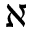
\aleph